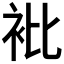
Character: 𧘱